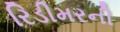
રિડીમરની